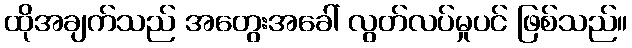
ထိုအချက်သည် အတွေးအခေါ် လွတ်လပ်မှုပင် ဖြစ်သည်။